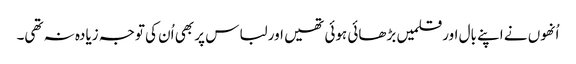
اُنھوں نے اپنے بال اورقلمیں بڑھائی ہوئی تھیں اور لباس پر بھی اُن کی توجہ زیادہ نہ تھی۔